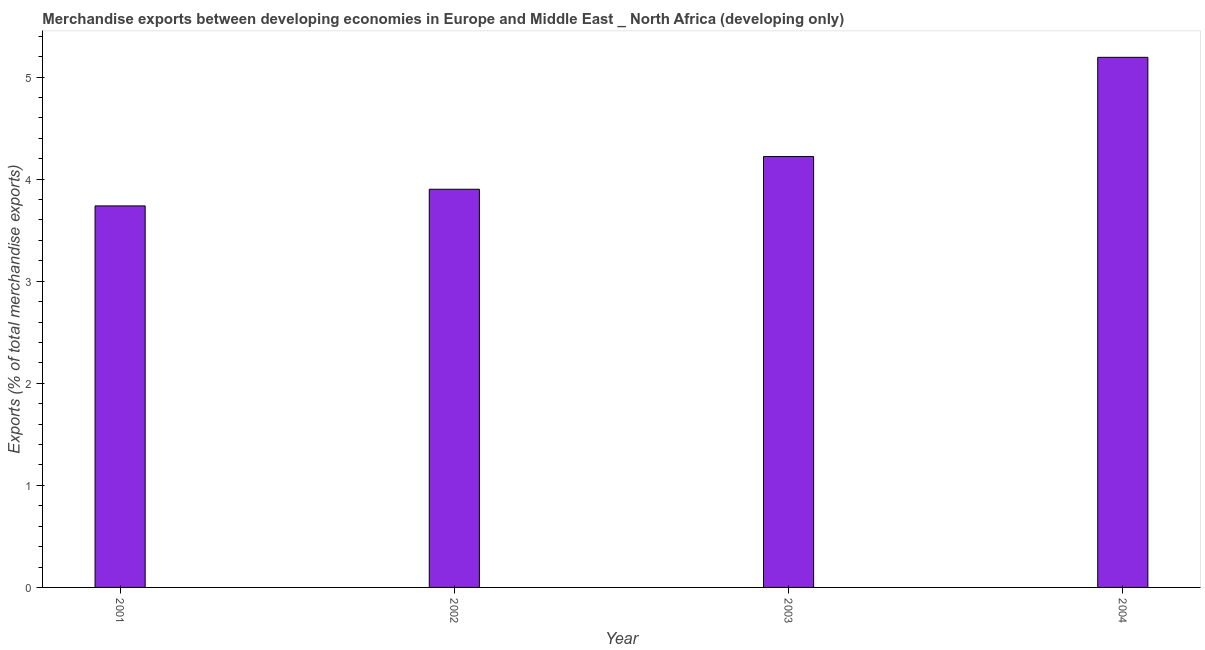
| Year | Merchandise Exports |
 | --- | --- |
 | 2001 | 3.74 |
 | 2002 | 3.9 |
 | 2003 | 4.22 |
 | 2004 | 5.19 |